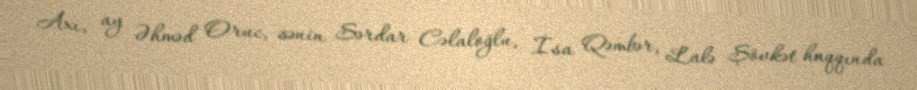
Axı, ay Əhməd Oruc, sənin Sərdar Cəlaloğlu, İsa Qəmbər, Lalə Şövkət haqqında